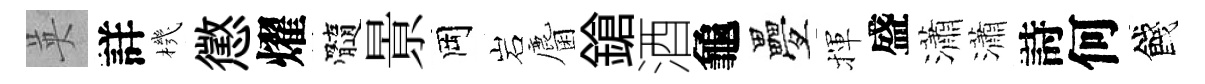
英詳機懲燿髓㬌岡岩麕鎗酒龜疊揮盛瀟瀟詩何餞